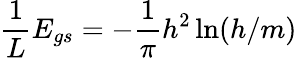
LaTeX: {\frac{1}{L}}E_{gs}=-{\frac{1}{\pi}}h^{2}\ln(h/m)